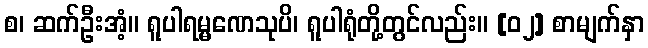
စ၊ ဆက်ဦးအံ့။ ရူပါရမ္မဏေသုပိ၊ ရူပါရုံတို့တွင်လည်း။ [၀၂] စာမျက်နှာ